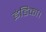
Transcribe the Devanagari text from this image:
इंडिका।